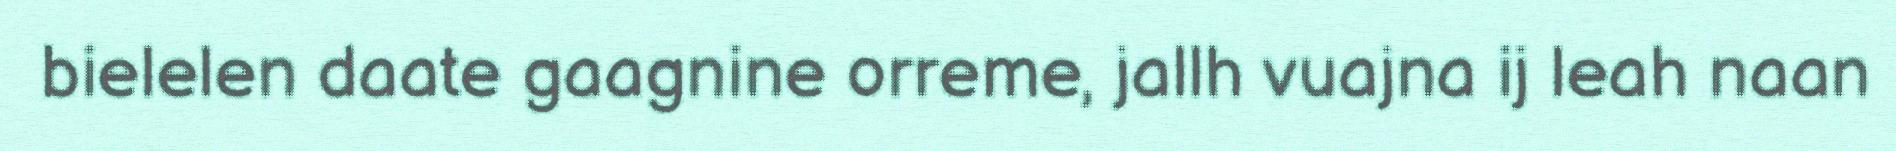
bielelen daate gaagnine orreme, jallh vuajna ij leah naan